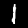
Label: 1